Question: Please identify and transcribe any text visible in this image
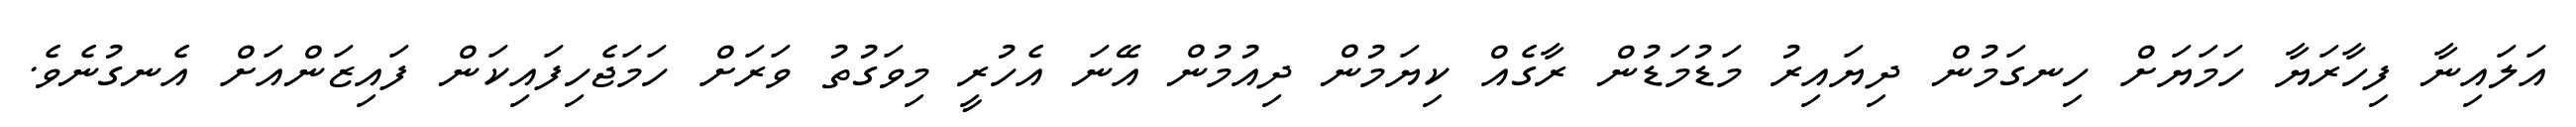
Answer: އަލައިނާ ފިހާރަޔާ ހަމަޔަށް ހިނގަމުން ދިޔައިރު މަޑުމަޑުން ރާގެއް ކިޔަމުން ދިއުމުން އޭނަ އެހުރީ މިވަގުތު ވަރަށް ހަމަޖެހިފައިކަން ފައިޒަންއަށް އެނގުނެވެ.